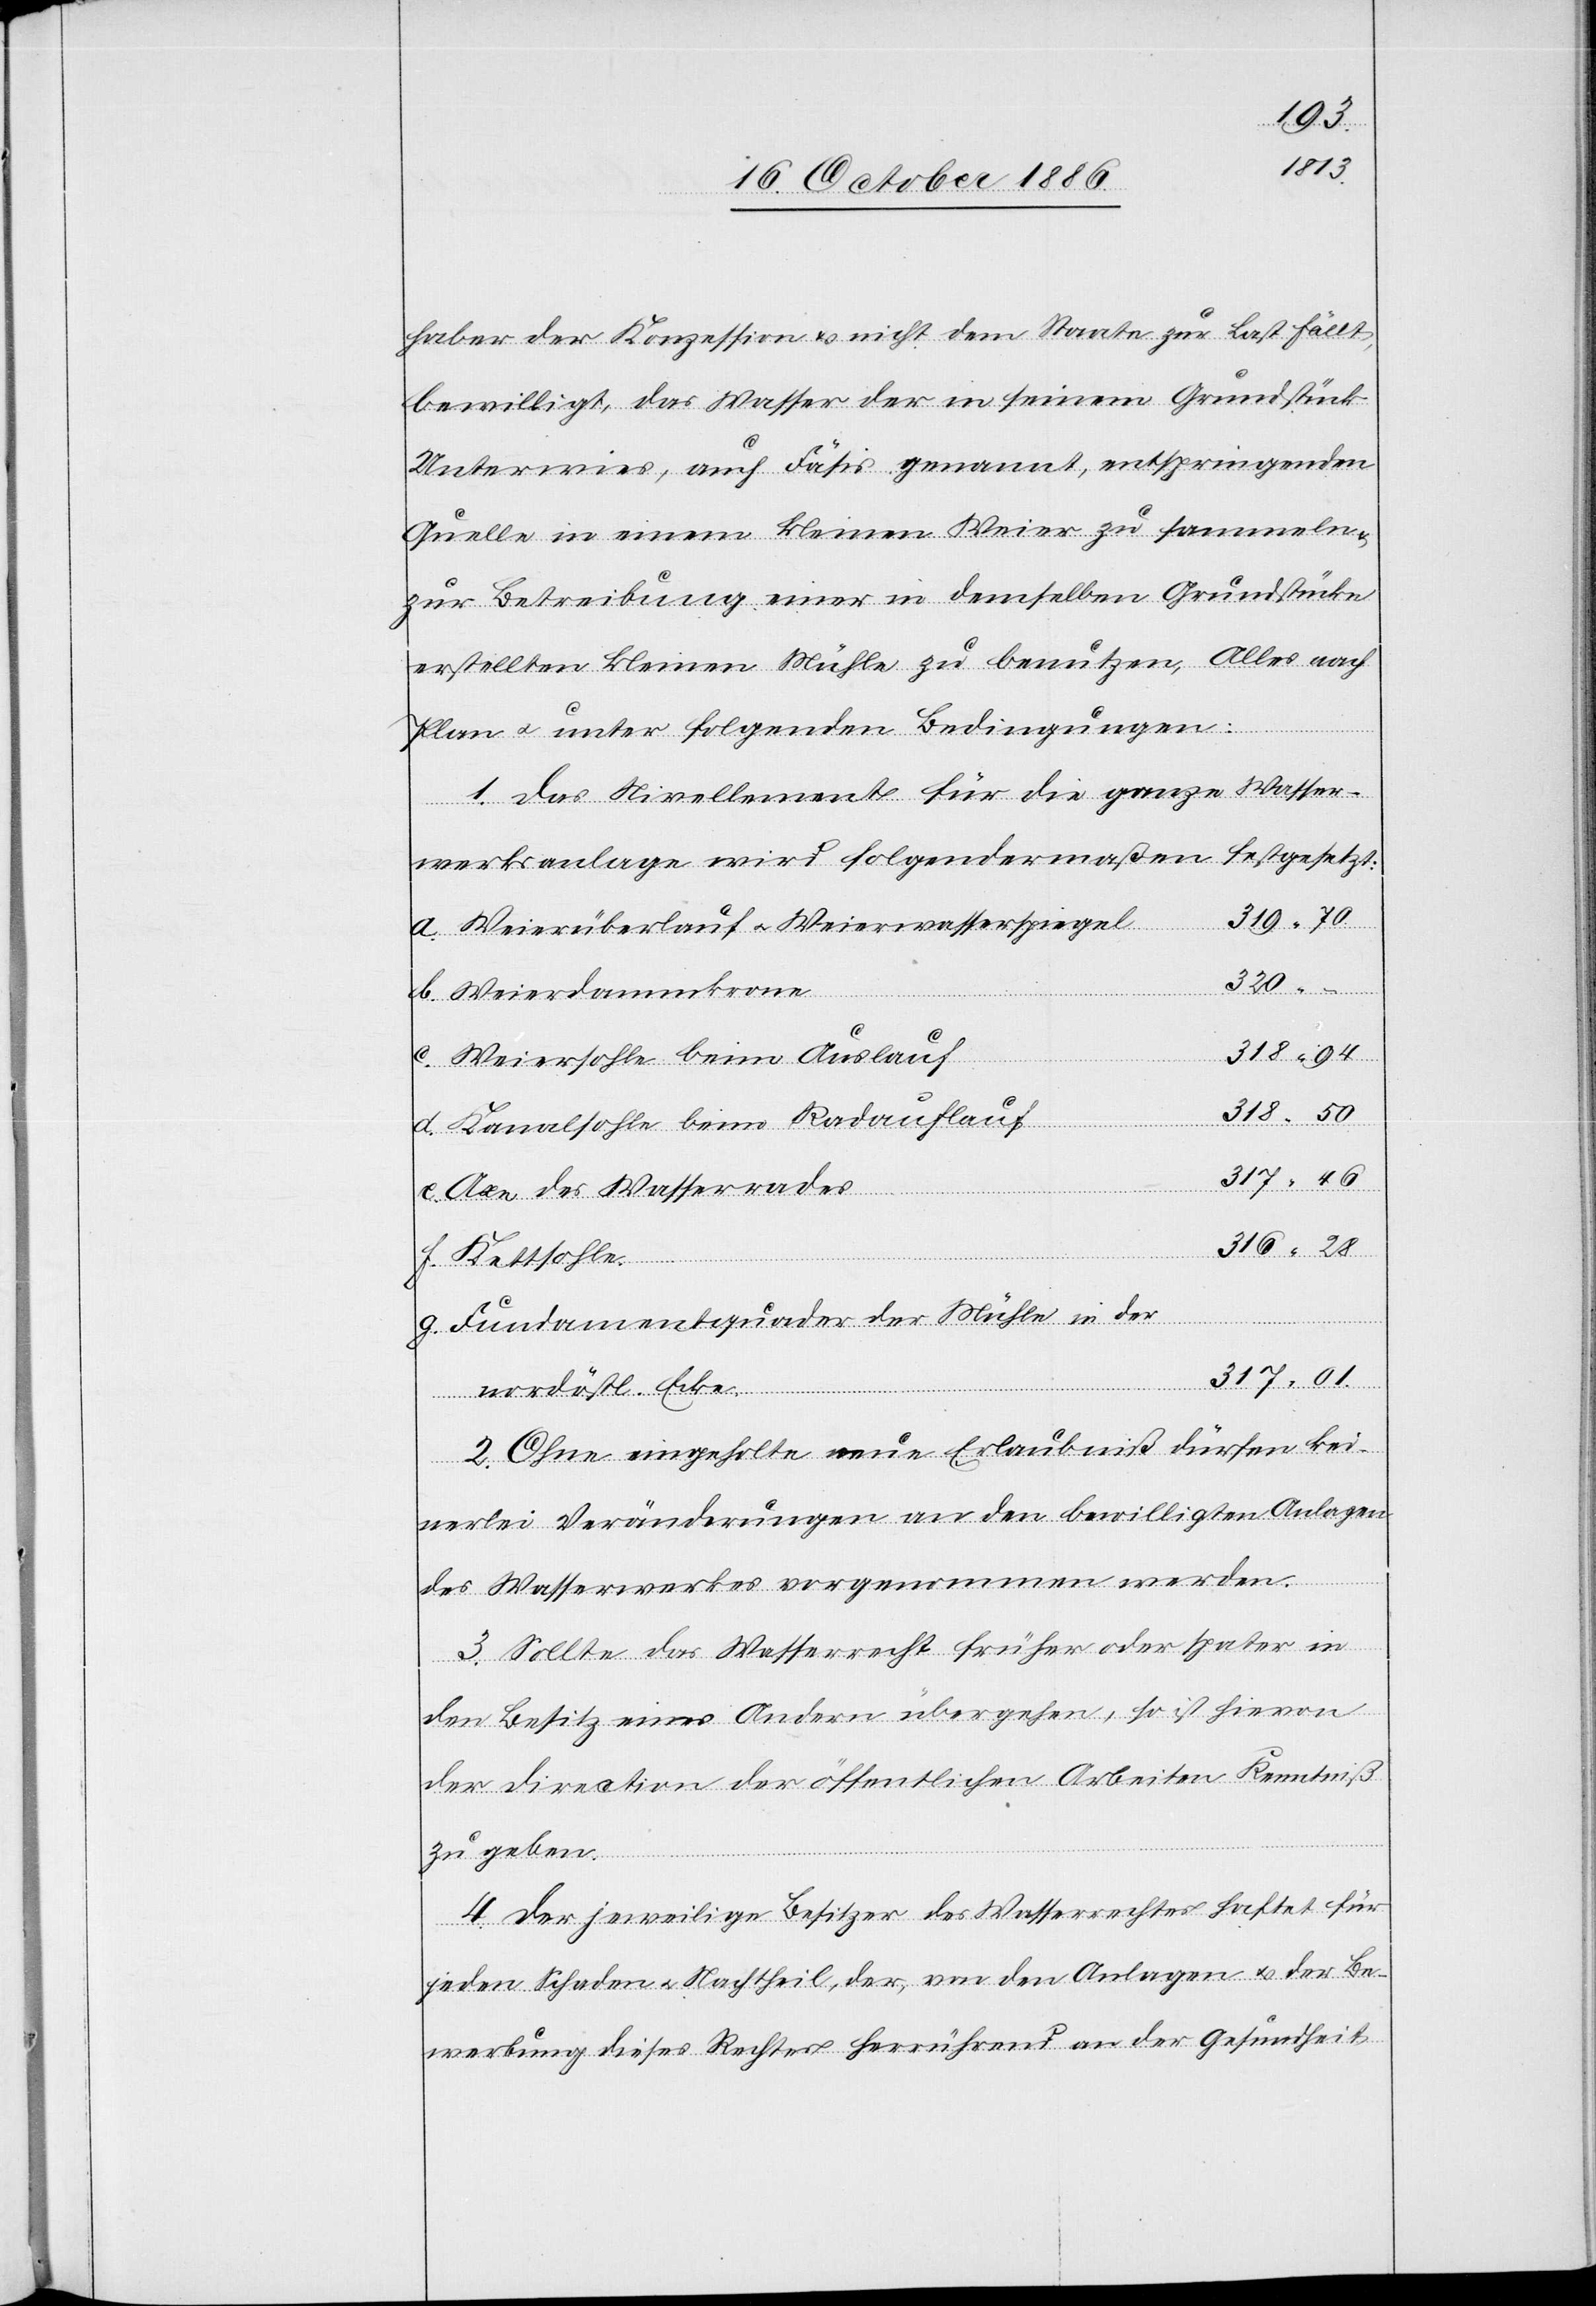
haber der Konzession & nicht dem Staate zur Last fällt,
bewilligt, das Wasser der in seinem Grundstück
b.
Unterwies, auch Fäsis genannt, entspringenden
Quelle in einem kleinen Weier zu sammeln
zur Betreibung einer in demselben Grundstücke
erstellten kleinen Mühle zu benutzen, Alles nach
Plan & unter folgenden Bedingungen:
1. Das Nivellement für die ganze Wasser¬
werksanlage wird folgendermaßen festgesetzt:
319 70
Weierüberlauf & Weierwasserspiegel
320 –
in
318 50
Weiersohle beim Auslauf
Kanalsohle beim Radauflauf
317 01.
Kettsohle
Axe des Wasserrades
316 28
Fundamentquader der Mühle in der
nordöstl. Ecke
2. Ohne eingeholte neue Erlaubniß dürfen kei¬
nerlei Veränderungen an den bewilligten Anlagen
des Wasserwerkes vorgenommen werden.
3. Sollte das Wasserrecht früher oder spater
den Besitz eines Andern übergehen, so ist hievon
der Direction der öffentlichen Arbeiten Kenntniß
zu geben.
4. Der jeweilige Besitzer des Wasserrechtes haftet für
jeden Schaden & Nachtheil, der, von den Anlagen & der Be¬
werbung dieses Rechtes herrührend an der Gesundheit